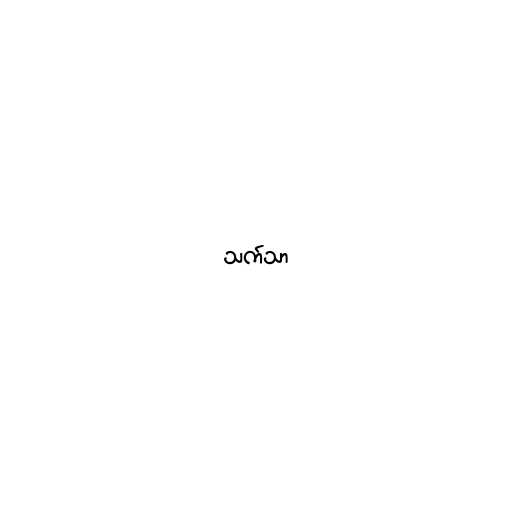
သက်သာ